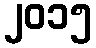
၂၀၁၅